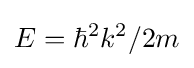
E=\hbar ^{2}k^{2}/2m